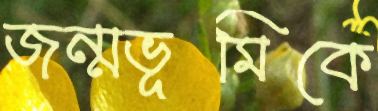
জন্মভূমিকে